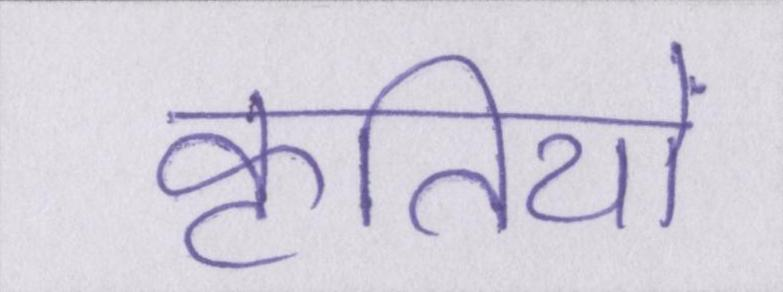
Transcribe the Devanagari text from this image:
कृतियों